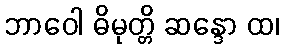
ဘာဝေါ ဓိမုတ္တိ ဆန္ဒော ထ၊